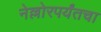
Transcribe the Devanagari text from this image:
नेल्लोरपर्यंतचा